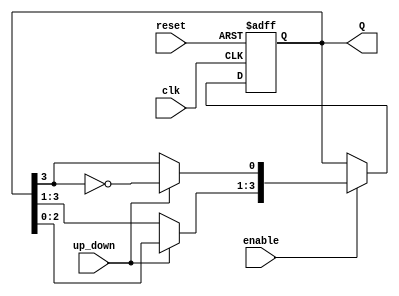
module bidirectional_johnson_counter #(
    parameter N = 4 // Number of bits in the counter
)(
    input wire clk,        // Clock input
    input wire reset,      // Asynchronous reset
    input wire enable,     // Enable signal
    input wire up_down,    // Control signal (1 for up, 0 for down)
    output reg [N-1:0] Q   // Counter output
);

    // Internal register to hold the next state
    reg [N-1:0] next_state;

    always @(posedge clk or posedge reset) begin
        if (reset) begin
            Q <= 0; // Initialize counter to 0 on reset
        end else if (enable) begin
            Q <= next_state; // Update counter state on clock edge
        end
    end

    always @(*) begin
        if (enable) begin
            if (up_down) begin
                // Counting up: Shift left and invert the last bit for feedback
                next_state = {Q[N-2:0], ~Q[N-1]};
            end else begin
                // Counting down: Shift right and invert the first bit for feedback
                next_state = {~Q[0], Q[N-1:N-1]}; // Feedback from the last bit
                next_state[N-1:1] = Q[N-1:1]; // Shift the rest to the right
            end
        end else begin
            next_state = Q; // Hold current state if not enabled
        end
    end

endmodule